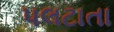
પલટાતા